画像に写った文字を読んでください
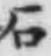
「石」と書いてあります